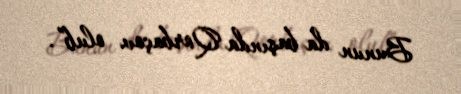
Bunun da başında Qorbaçov olub”.